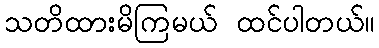
သတိထားမိကြမယ် ထင်ပါတယ်။